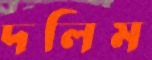
দলিম